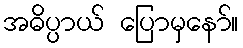
အဓိပ္ပာယ် ပြောမှနော်။